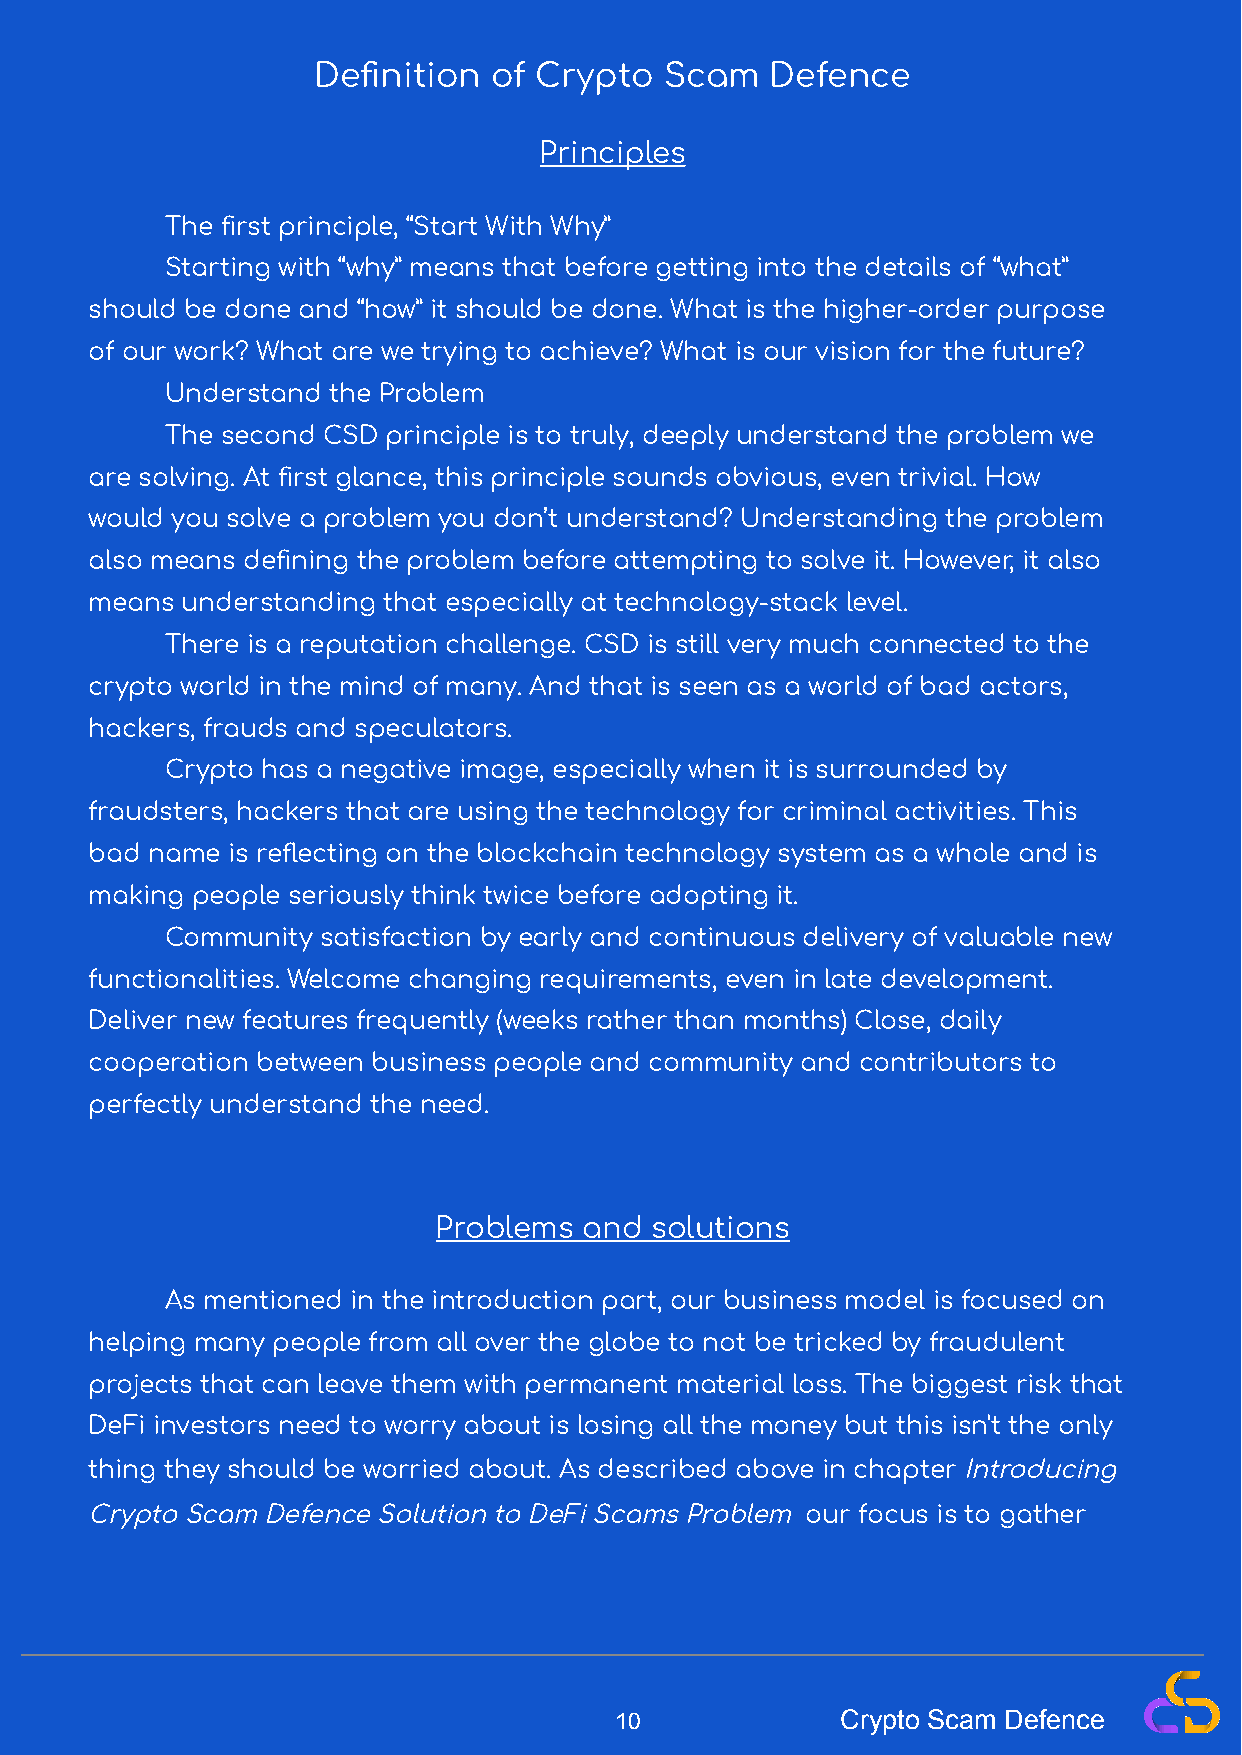
Definition of Crypto   Scam   Defence
 Principles
 The first principle, “Start With Why”
 Starting with “why” means that before getting into the details of “what”
 should be done and “how” it should be done. What is the higher-order purpose
 of our work? What are we trying to achieve? What is our vision for the future?
 Understand the Problem
 The second CSD principle is to truly, deeply understand the problem we
 are solving. At first glance, this principle sounds obvious, even trivial. How
 would you solve a problem you don’t understand? Understanding the problem
 also means defining the problem before attempting to solve it. However, it also
 means understanding that especially at technology-stack level.
 There is a reputation challenge. CSD is still very much connected to the
 crypto world in the mind of many. And that is seen as a world of bad actors,
 hackers, frauds and speculators.
 Crypto has a negative image, especially when it is surrounded by
 fraudsters, hackers that are using the technology for criminal activities. This
 bad name is reflecting on the blockchain technology system as a whole and is
 making people seriously think twice before adopting it.
 Community satisfaction by early and continuous delivery of valuable new
 functionalities. Welcome changing requirements, even in late development.
 Deliver new features frequently (weeks rather than months) Close, daily
 cooperation between business people and community and contributors to
 perfectly understand the need.
 Problems  and solutions
 As mentioned in the introduction part, our business model is focused on
 helping many people from all over the globe to not be tricked by fraudulent
 projects that can leave them with permanent material loss. The biggest risk that
 DeFi investors need to worry about is losing all the money but this isn't the only
 thing they should be worried about. As described above in chapterIntroducing
 Crypto Scam Defence Solution to DeFi Scams Problem our focus is to gather
 10             Crypto Scam Defence